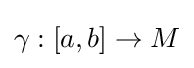
\gamma :[a,b]\to M